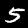
Digit: 5